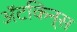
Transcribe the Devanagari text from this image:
अॅटकिन्स